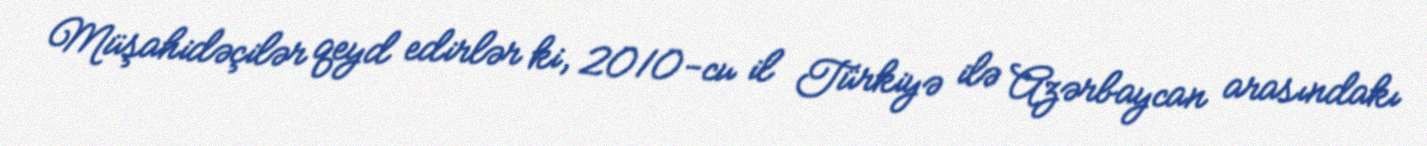
Müşahidəçilər qeyd edirlər ki, 2010-cu il Türkiyə ilə Azərbaycan arasındakı